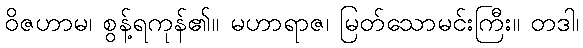
ဝိဇဟာမ၊ စွန့်ရကုန်၏။ မဟာရာဇ၊ မြတ်သောမင်းကြီး။ တဒါ၊